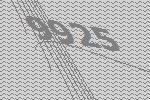
9925